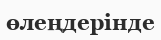
өлеңдерінде